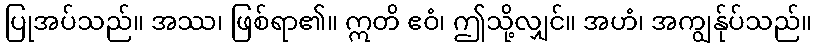
ပြုအပ်သည်။ အဿ၊ ဖြစ်ရာ၏။ ဣတိ ဧဝံ၊ ဤသို့လျှင်။ အဟံ၊ အကျွန်ုပ်သည်။